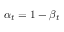
\alpha _ { t } = 1 - \beta _ { t }